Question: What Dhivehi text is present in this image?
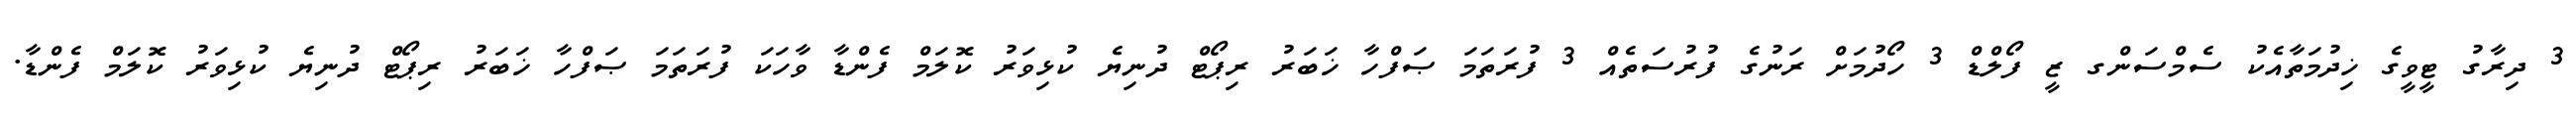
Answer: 3 ދިރާގު ޓީވީގެ ޚިދުމަތާއެކު ސެމްސަންގ ޒީ ފޯލްޑް 3 ހޯދުމަށް ރަނުގެ ފުރުސަތެއް 3 ފުރަތަމަ ޞަފްހާ ޚަބަރު ރިޕޯޓް ދުނިޔެ ކުޅިވަރު ކޮލަމް ފެންޑާ ވާހަކަ ފުރަތަމަ ޞަފްހާ ޚަބަރު ރިޕޯޓް ދުނިޔެ ކުޅިވަރު ކޮލަމް ފެންޑާ.